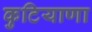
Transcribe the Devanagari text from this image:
कुटियाणा